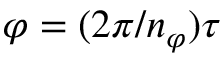
\varphi = ( 2 \pi / n _ { \varphi } ) \tau